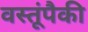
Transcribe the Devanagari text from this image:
वस्तूंपैकी